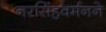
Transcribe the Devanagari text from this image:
नरसिंहवर्मनने